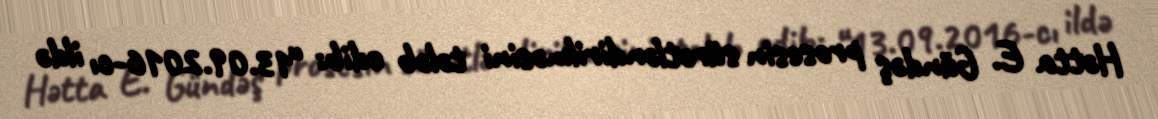
Hətta E. Gündəş prosesin sürətləndirilməsini tələb edib: “13.09.2016-cı ildə